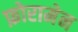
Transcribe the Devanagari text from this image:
फ़ोरामेन